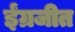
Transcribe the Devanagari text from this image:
ईंग्रजीत